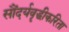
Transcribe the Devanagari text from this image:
सौंदर्यवॄद्धीकरिता